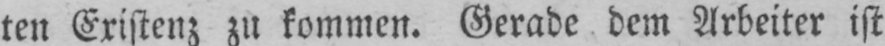
ten Existenz zu kommen. Gerade dem Arbeiter ist